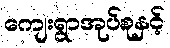
ကျေးရွာအုပ်စုနှင့်